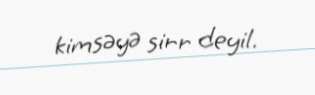
kimsəyə sirr deyil.